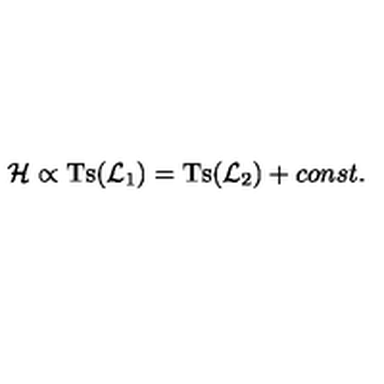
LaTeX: { \cal H } \propto \mathrm { T s } ( { \cal L } _ { 1 } ) = \mathrm { T s } ( { \cal L } _ { 2 } ) + c o n s t .